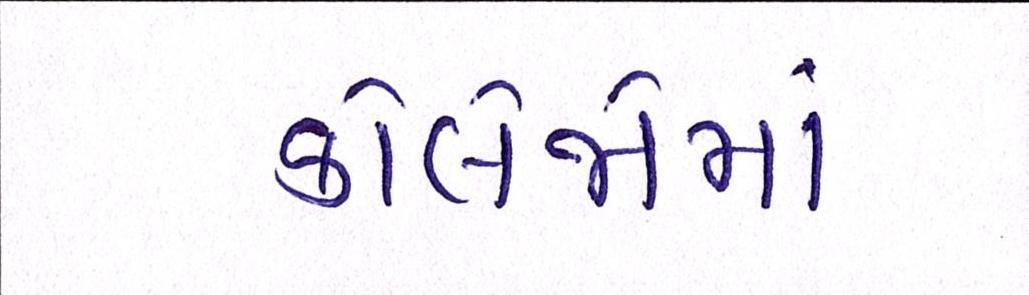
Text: કોલેજોમાં